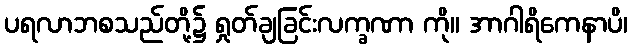
ပရလာဘစသည်တို့၌ ရှုတ်ချခြင်းလက္ခဏာ ကို။ အာဂါရိကေနာပိ၊